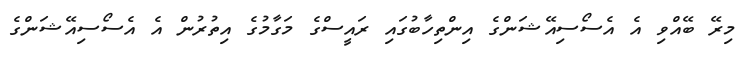
މިރޭ ބޭއްވި އެ އެސޯސިއޭޝަންގެ އިންތިހާބުގައި ރައީސްގެ މަގާމުގެ އިތުރުން އެ އެސޯސިއޭޝަންގެ